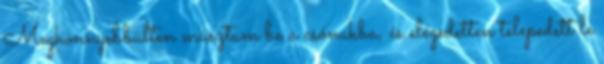
Megkönnyebbülten másztam be a csónakba, és elégedetten telepedett le